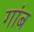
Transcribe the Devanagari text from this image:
गांब